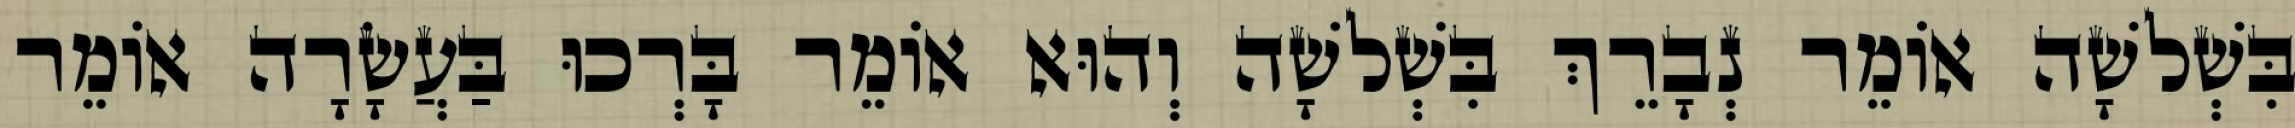
בִּשְׁלשָׁה אוֹמֵר נְבָרֵךְ בִּשְׁלשָׁה וְהוּא אוֹמֵר בָּרְכוּ בַּעֲשָׂרָה אוֹמֵר